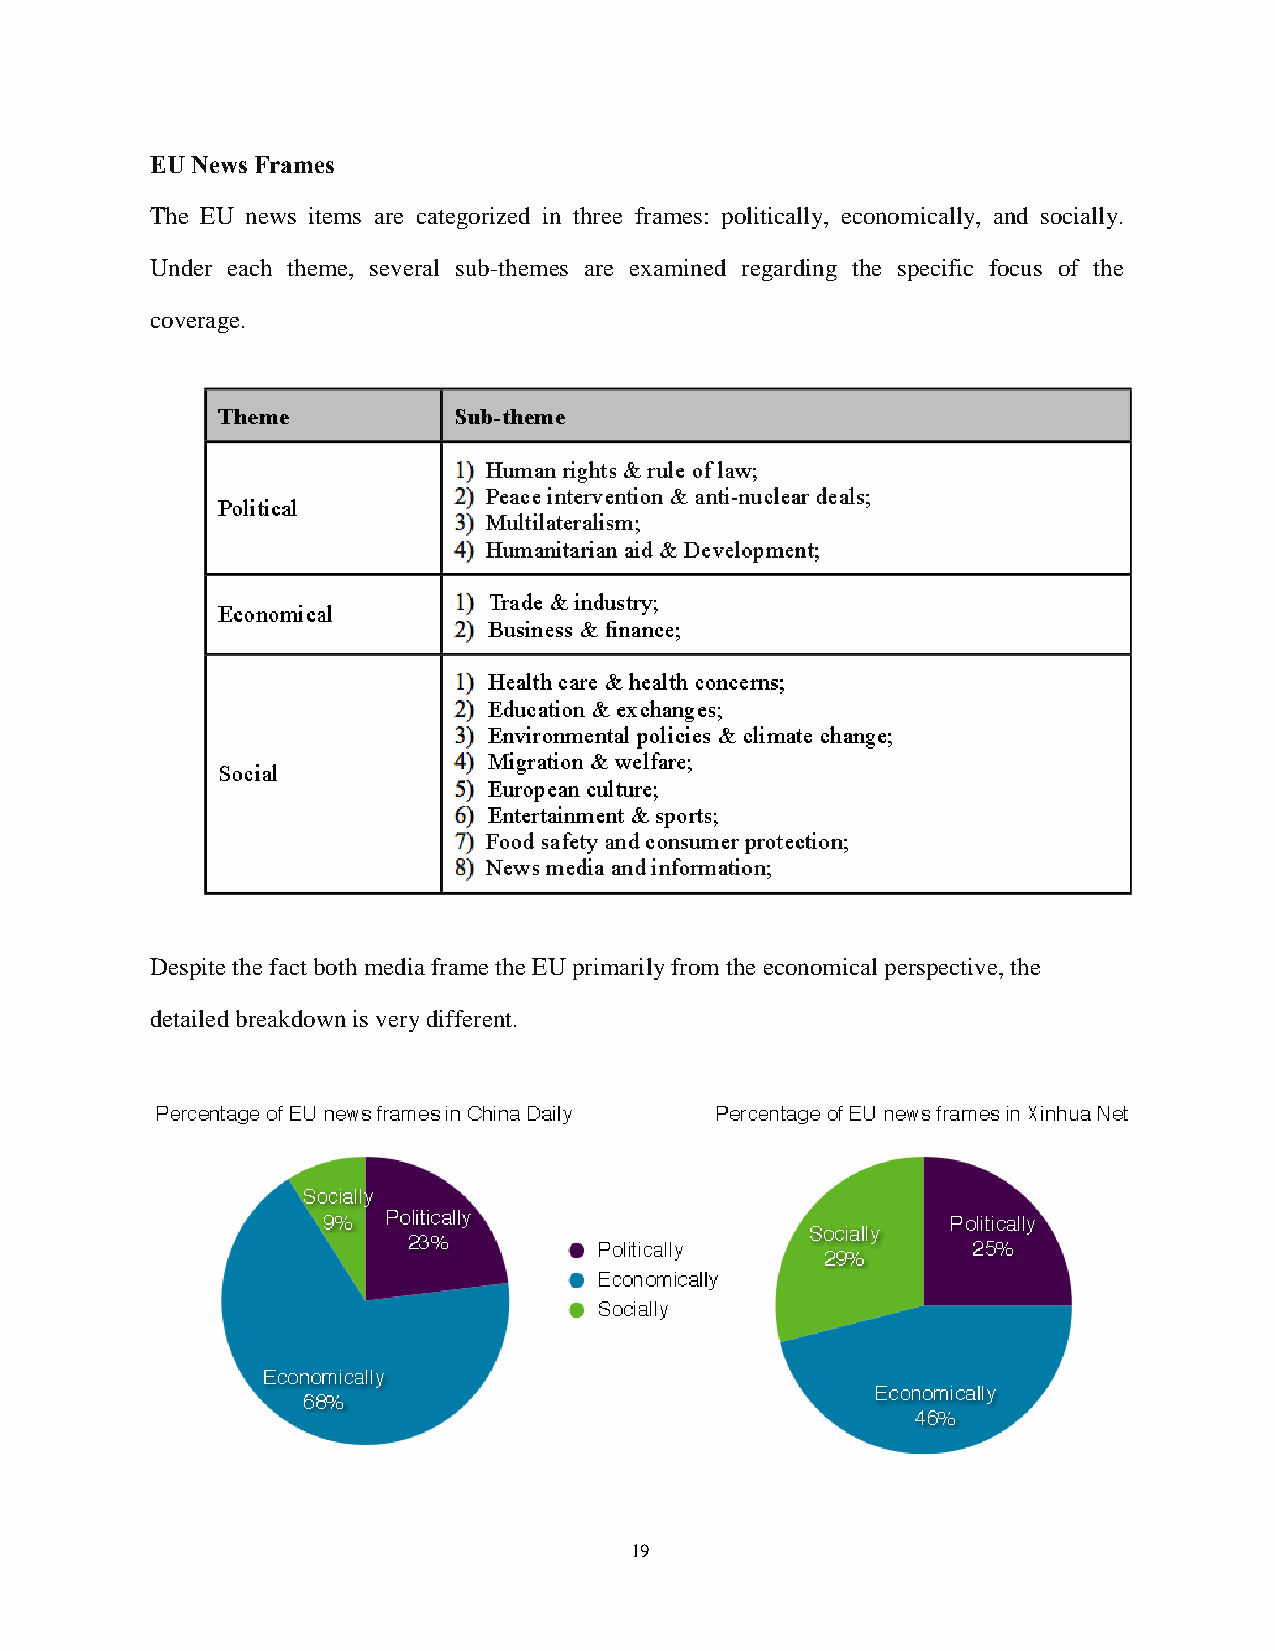
EU News Frames
 The EU news items are categorized in three frames: politically, economically, and socially.
 Under each theme, several sub-themes are examined regarding the specific focus of the
 coverage.
 Despite the fact both media frame the EU primarily from the economical perspective, the
 detailed breakdown is very different.
 19